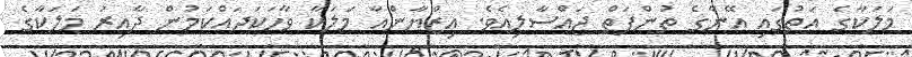
މަލަކާގެ އަތުގައި އޭނާގެ ތުންފަތް ޖައްސާލިއެވެ. އިޒްޔާންއާ މަލަކާ ވާހަކަދައްކަމުން ދާއިރު މަލަކާގެ